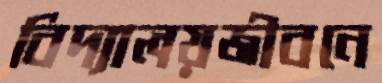
বিদ্যালয়জীবনে